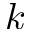
\v { k }